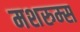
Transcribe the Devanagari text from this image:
मशरुम्स